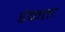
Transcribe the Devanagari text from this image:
रेकता